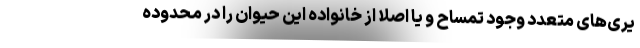
یری‌های متعدد وجود تمساح و یا اصلا از خانواده این حیوان را در محدوده